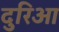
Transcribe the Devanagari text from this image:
दुरिआ